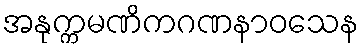
အနုက္ကမဏိကဂဏနာဝသေန